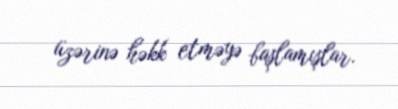
üzərinə həkk etməyə başlamışlar.